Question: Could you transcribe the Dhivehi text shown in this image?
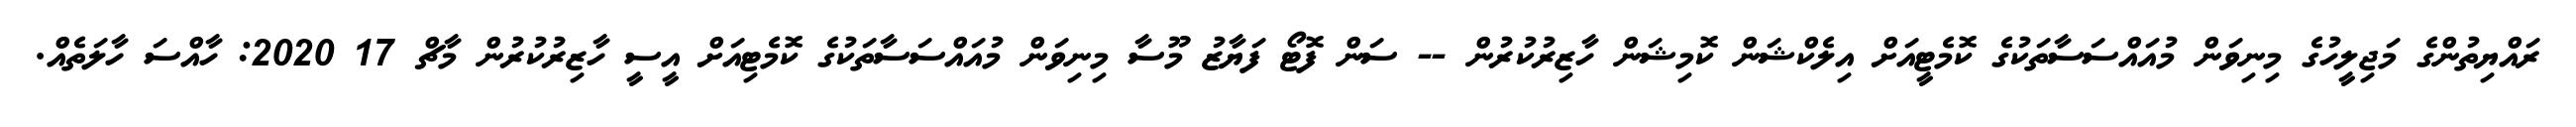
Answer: ރައްޔިތުންގެ މަޖިލީހުގެ މިނިވަން މުއައްސަސާތަކުގެ ކޮމެޓީއަށް އިލެކްޝަން ކޮމިޝަން ހާޒިރުކުރުން -- ސަން ފޮޓޯ ފަޔާޒު މޫސާ މިނިވަން މުއައްސަސާތަކުގެ ކޮމެޓިއަށް އީސީ ހާޒިރުކުރުން މާޗް 17 2020: ހާއްސަ ހާލަތެއް.